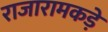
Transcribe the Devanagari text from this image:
राजारामकड़े